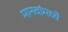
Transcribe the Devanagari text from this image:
मानवांमध्ये